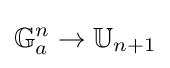
\mathbb {G} _{a}^{n}\to \mathbb {U} _{n+1}